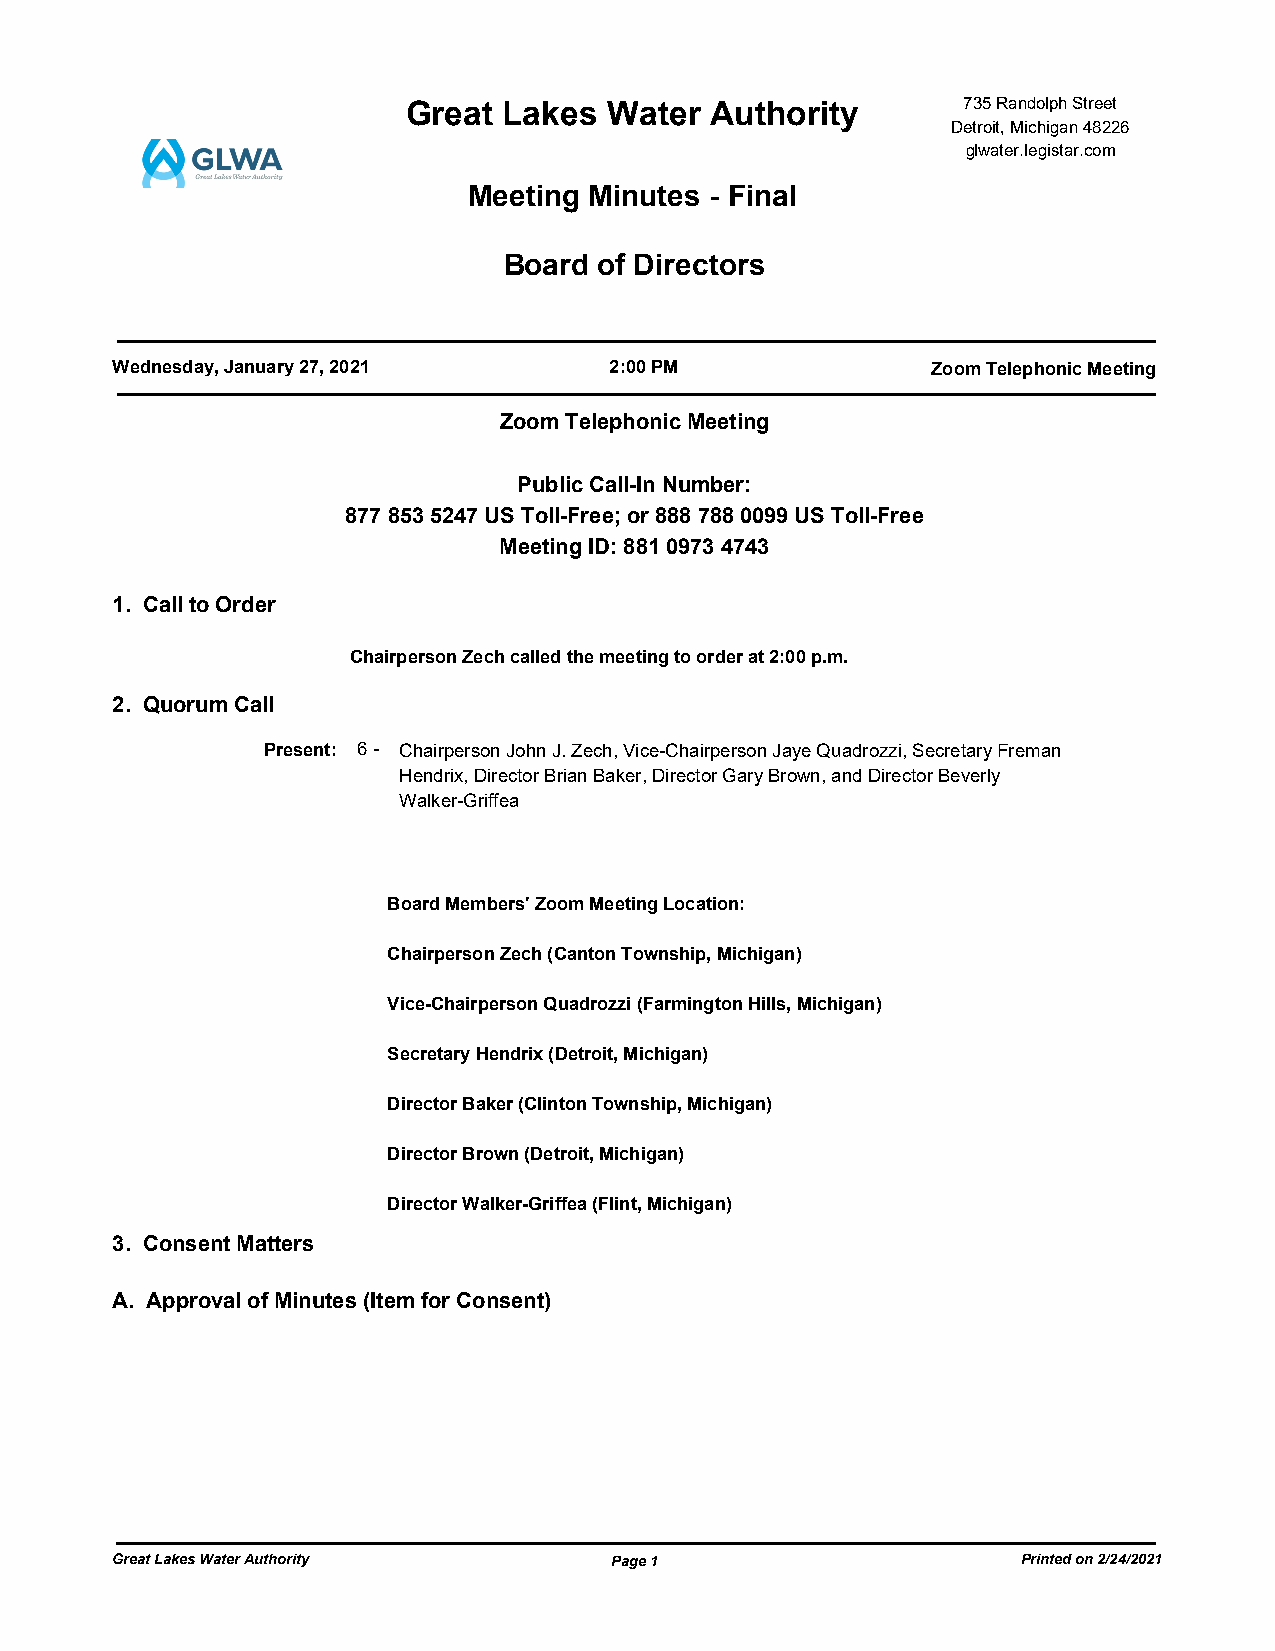
Great Lakes  Water  Authority        735 Randolph Street
 Detroit, Michigan 48226
 glwater.legistar.com
 Meeting Minutes - Final
 Board  of Directors
 Wednesday, January 27, 2021      2:00 PM               Zoom Telephonic Meeting
 Zoom Telephonic Meeting
 Public Call-In Number:
 877 853 5247 US Toll-Free; or 888 788 0099 US Toll-Free
 Meeting ID: 881 0973 4743
 1. Call to Order
 Chairperson Zech called the meeting to order at 2:00 p.m.
 2. Quorum Call
 Present: 6 - Chairperson John J. Zech, Vice-Chairperson Jaye Quadrozzi, Secretary Freman
 Hendrix, Director Brian Baker, Director Gary Brown, and Director Beverly
 Walker-Griffea
 Board Members' Zoom Meeting Location:
 Chairperson Zech (Canton Township, Michigan)
 Vice-Chairperson Quadrozzi (Farmington Hills, Michigan)
 Secretary Hendrix (Detroit, Michigan)
 Director Baker (Clinton Township, Michigan)
 Director Brown (Detroit, Michigan)
 Director Walker-Griffea (Flint, Michigan)
 3. Consent Matters
 A. Approval of Minutes (Item for Consent)
 Great Lakes Water Authority      Page 1                      Printed on 2/24/2021